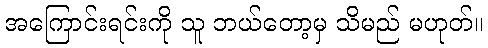
အကြောင်းရင်းကို သူ ဘယ်တော့မှ သိမည် မဟုတ်။